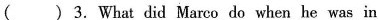
( ) 3.What did Marco do when he was in